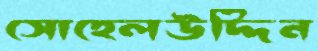
সোহেলউদ্দিন